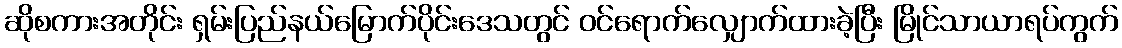
ဆိုစကားအတိုင်း ရှမ်းပြည်နယ်မြောက်ပိုင်းဒေသတွင် ဝင်ရောက်လျှောက်ထားခဲ့ပြီး မြိုင်သာယာရပ်ကွက်